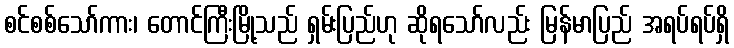
စင်စစ်သော်ကား၊ တောင်ကြီးမြို့သည် ရှမ်းပြည်ဟု ဆိုရသော်လည်း မြန်မာပြည် အရပ်ရပ်ရှိ